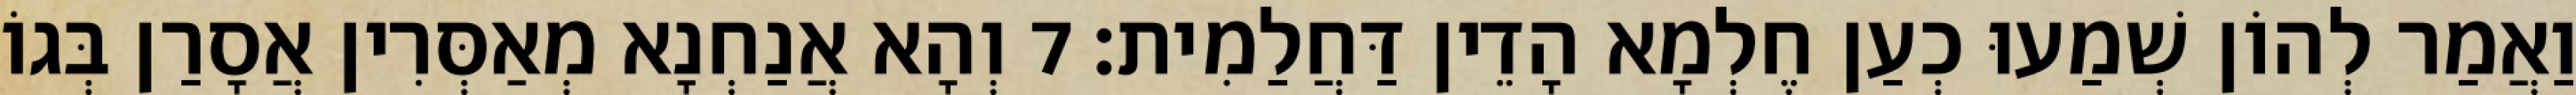
וַאֲמַר לְהוֹן שְׁמַעוּ כְעַן חֶלְמָא הָדֵין דַּחֲלַמִית׃ 7 וְהָא אֲנַחְנָא מְאַסְּרִין אֲסָרַן בְּגוֹ